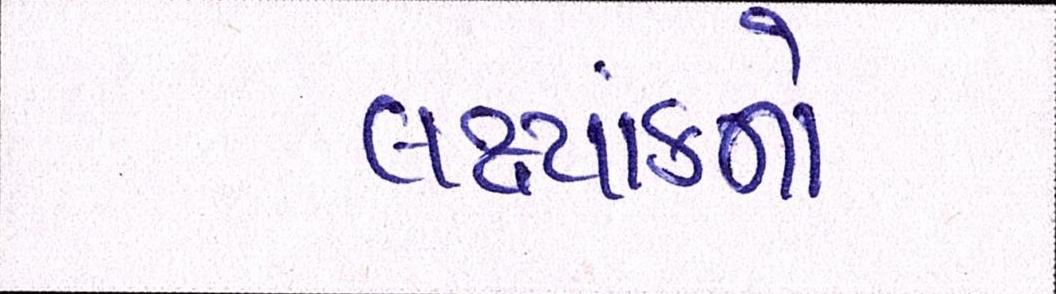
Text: લક્ષ્યાંકનો